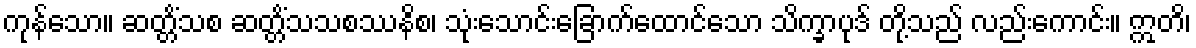
ကုန်သော။ ဆတ္တိံသစ ဆတ္တိံသသစဿနိစ၊ သုံးသောင်းခြောက်ထောင်သော သိက္ခာပုဒ် တို့သည် လည်းကောင်း။ ဣတိ၊